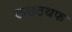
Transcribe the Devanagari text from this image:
खछठथफ